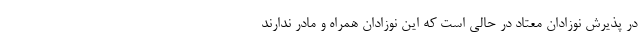
در پذیرش نوزادان معتاد در حالی است که این نوزادان همراه و مادر ندارند